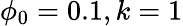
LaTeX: \phi_{0}=0.1,k=1